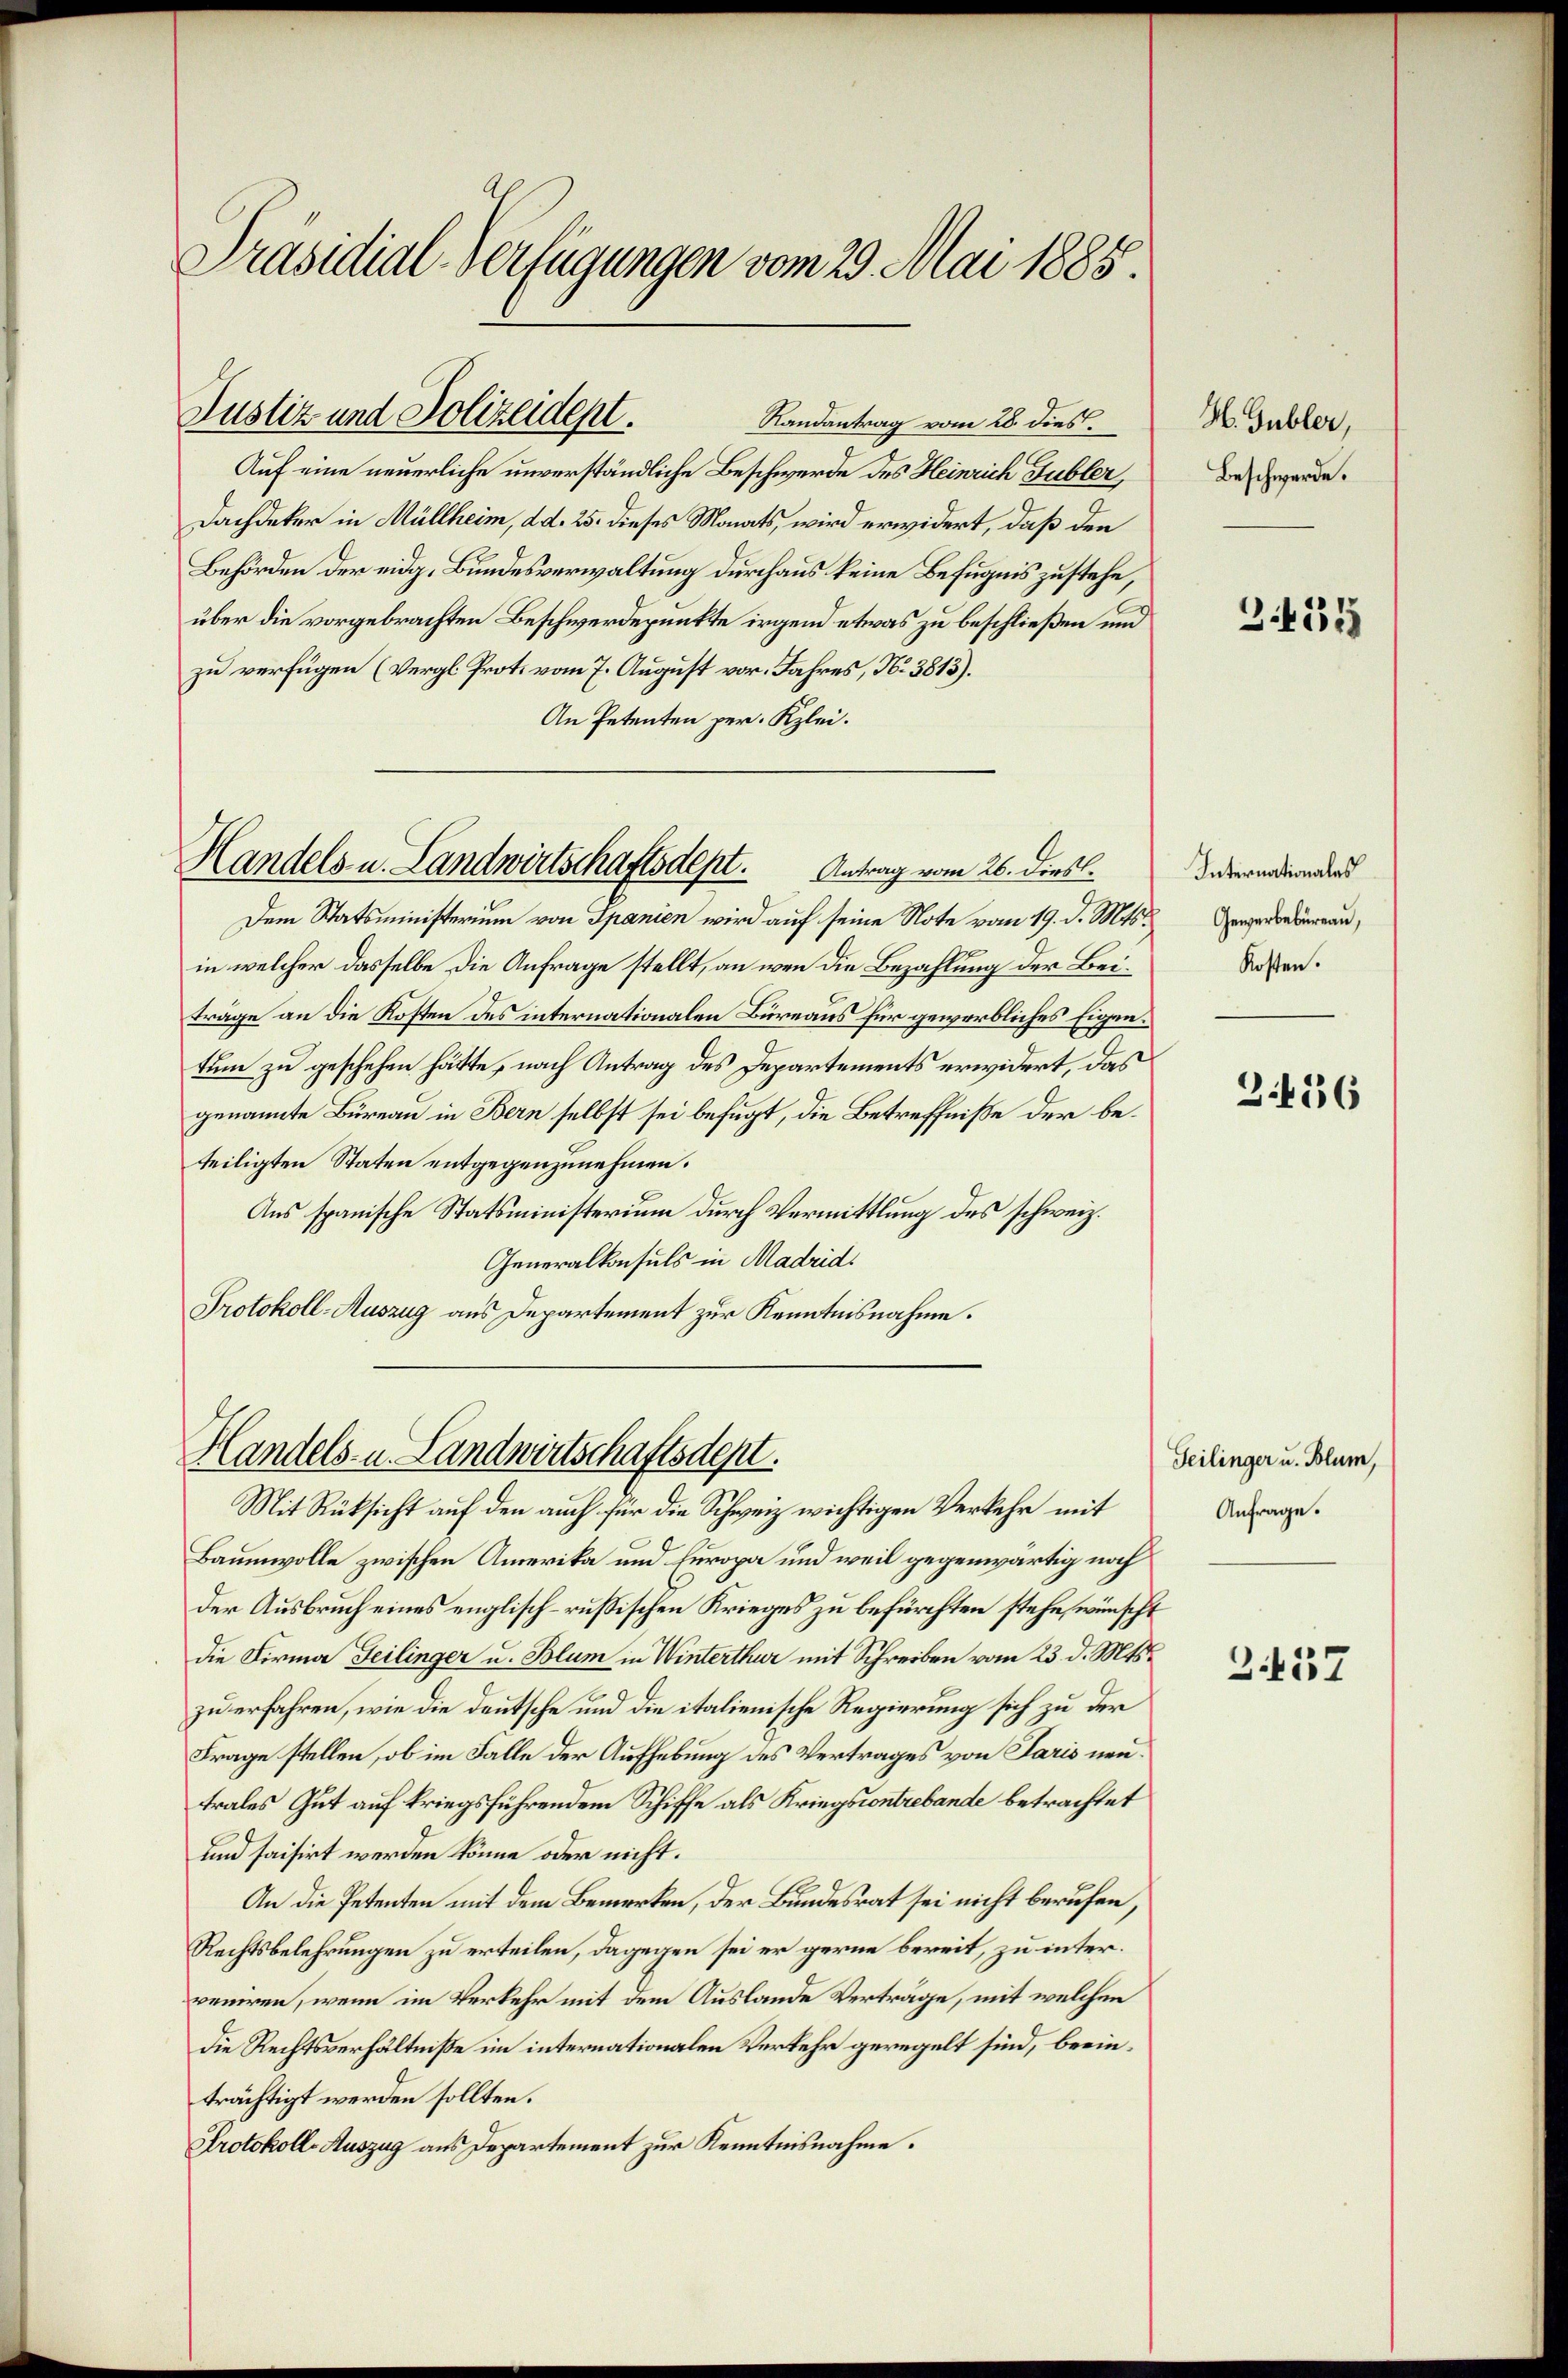
Präsidial-Verfügungen vom 29. Mai 1885.

Justiz und Polizeident.
Randantrag vom 28. dies

Handels- u. Landwirtschaftsdept.          Antrag vom 26. Diesl.

Auf eine neuerliche unverständliche Beschwerde des Heinrich Gubler,
Dachdeker in Müllheim, d. 25. dieses Monats, wird erwidert, daß den
Behörden der eidg. Bundesverwaltung durchaus keine Befugnis zustehe,
über die vorgebrachten Beschwerdepunkte irgend etwas zu beschließen und
zu verfügen (Vergl. Prot. vom 7. August vor. Jahres, No 3813).
An Petenten per. Klei¬
Dem Statsministerium von Spanien wird auf seine Note vom 19. d. Mts.
in welcher dasselbe die Anfrage stellt, an wenn die Bezahlung der Beiträge an die Kosten des internationalen Büreaus für gewerbliches Eigentum zu geschehen hätte, nach Antrag des Departements erwidert, das
genannte Büreau in Bern selbst sei befugt, die Betreffniße der beteiligten Staten entgegenzunehmen.
Aus spanische Statsministerium durch Vermittlung des schweiz.
Generalkonsuls in Madrid.
Protokoll-Auszug aus Departement zur Kenntnisnahme.

Handels- u. Landwirtschaftsdept.
Mit Rüksicht auf den auch für die Schweiz wichtigen Verkehr mit

Baumwolle zwischen Amerika und Europa und weil gegenwärtig noch
der Ausbruch eines englisch-russischen Krieges zu befürchten stehe, wünscht
die Firma Feilinger u. Blum in Winterthur mit Schreiben vom 23. d. Mts.
zu erfahren, wie die deutsche und die italienische Regierung sich zu der
Frage stellen, ob im Falle der Aufhebung des Vertrages von Paris neutrales Gut auf kriegsführendem Schiffe als Kriegscontrebande betrachtet
und saisirt werden könne oder nicht.
An die Petenten mit dem Bemerken, der Bundesrat sei nicht berufen
Rechtsbelehrungen zu erteilen, dagegen sei er gerne bereit, zu interveniren, wenn im Verkehr mit dem Auslande Verträge, mit welchen
die Rechtsverhältniße im internationalen Verkehr geregelt sind, beeinträchtigt werden sollten.
Protokoll-Auszug aus Departement zur Kenntnisnahme.

H. Gubler,
Beschwerde.

355

Internationales
Gewerbebüreau,
Kosten.

Z.456

Geilinger u. Blum,
Anfrage.

Z. 457